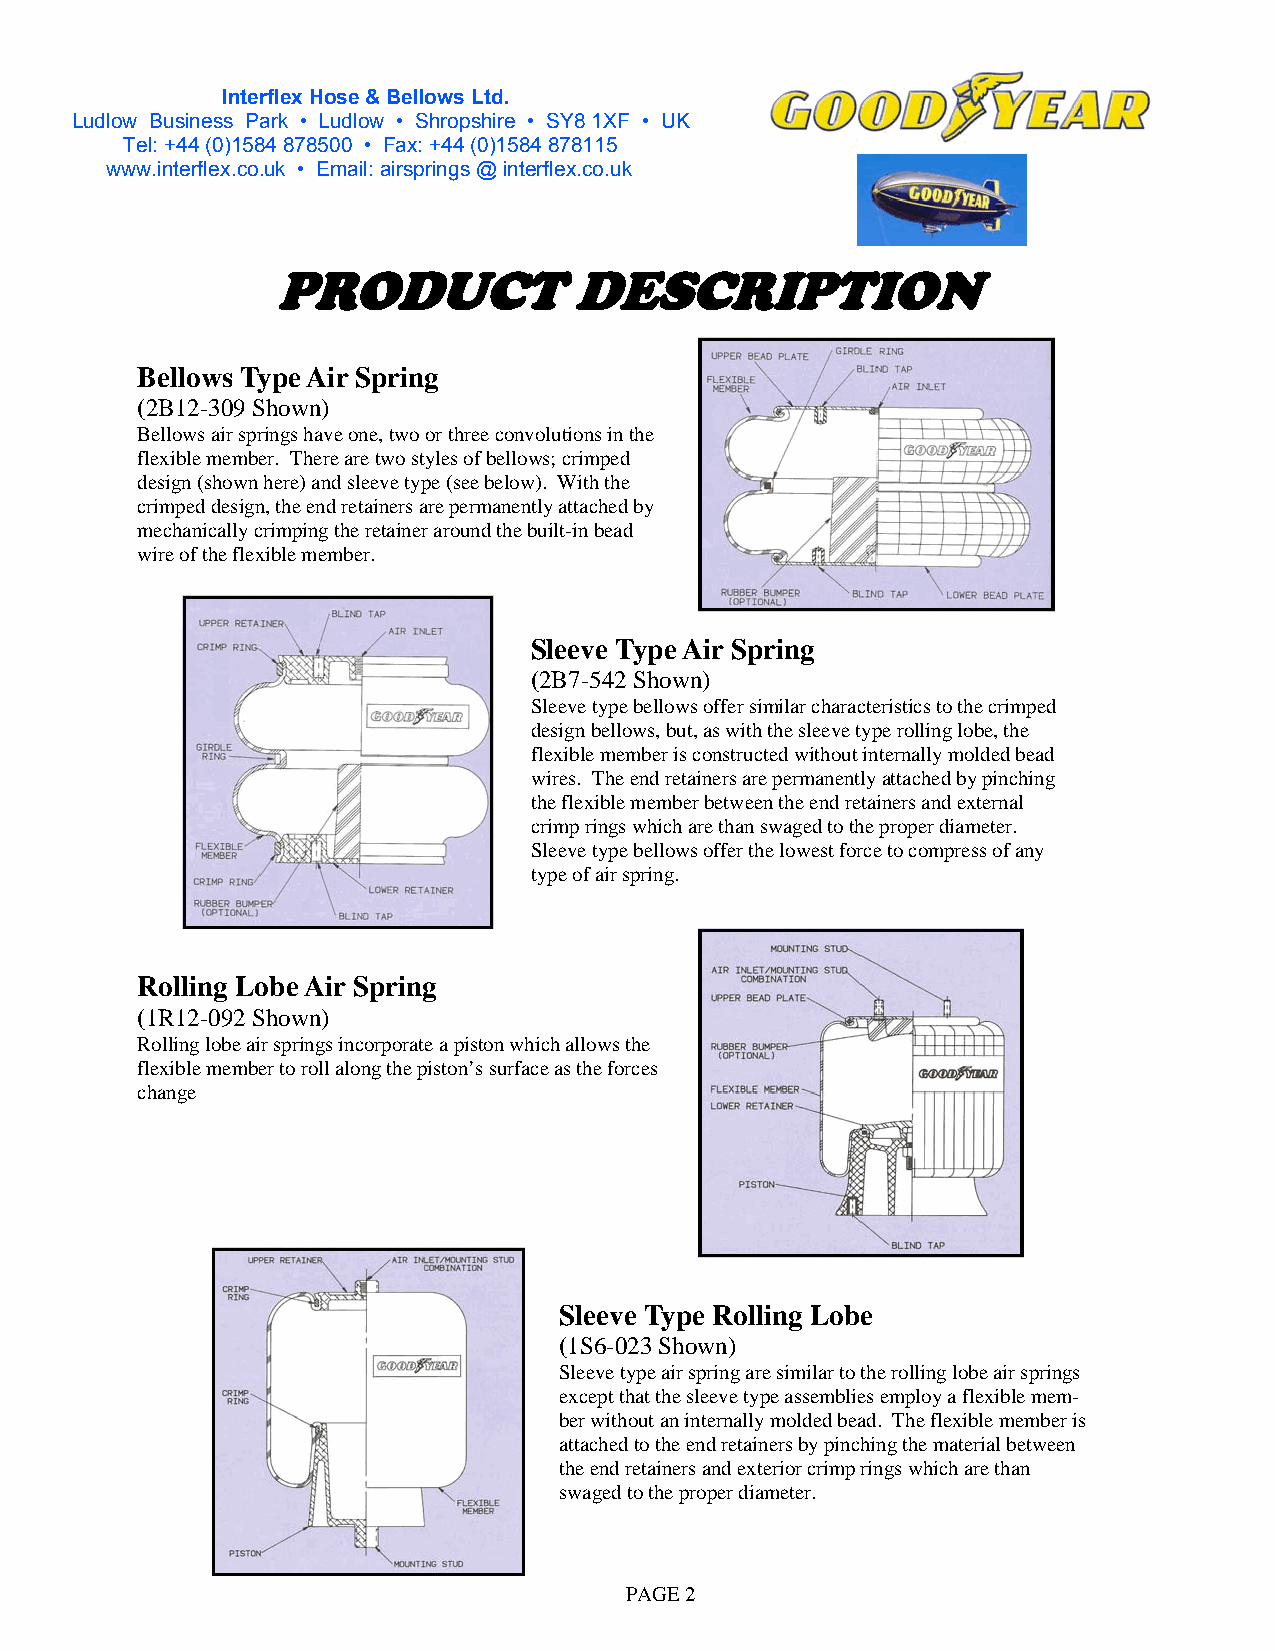
Interflex Hose & Bellows Ltd.
 Ludlow Business Park • Ludlow • Shropshire • SY8 1XF • UK
 Partners In Automation Since 1964
 Tel: +44 (0)1584 878500 • Fax: +44 (0)1584 878115
 www.int erflex.co.uk • Email: airsprings @ interflex.co.uk
 PRODUCT             DESCRIPTION
 Bellows Type Air Spring
 (2B12-309 Shown)
 Bellows air springs have one, two or three convolutions in the
 flexible member. There are two styles of bellows; crimped
 design (shown here) and sleeve type (see below). With the
 crimped design, the end retainers are permanently attached by
 mechanically crimping the retainer around the built-in bead
 wire of the flexible member.
 Sleeve Type Air Spring
 (2B7-542 Shown)
 Sleeve type bellows offer similar characteristics to the crimped
 design bellows, but, as with the sleeve type rolling lobe, the
 flexible member is constructed without internally molded bead
 wires. The end retainers are permanently attached by pinching
 the flexible member between the end retainers and external
 crimp rings which are than swaged to the proper diameter.
 Sleeve type bellows offer the lowest force to compress of any
 type of air spring.
 Rolling Lobe Air Spring
 (1R12-092 Shown)
 Rolling lobe air springs incorporate a piston which allows the
 flexible member to roll along the piston’s surface as the forces
 change
 Sleeve Type Rolling Lobe
 (1S6-023 Shown)
 Sleeve type air spring are similar to the rolling lobe air springs
 except that the sleeve type assemblies employ a flexible mem-
 ber without an internally molded bead. The flexible member is
 attached to the end retainers by pinching the material between
 the end retainers and exterior crimp rings which are than
 swaged to the proper diameter.
 PAGE 2